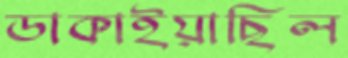
ডাকাইয়াছিল